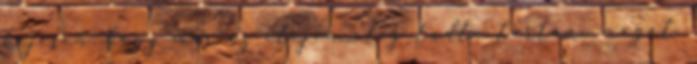
kéjesen, hogy már az elején alig tudta tartani magát.